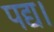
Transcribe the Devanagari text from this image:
पद्य।